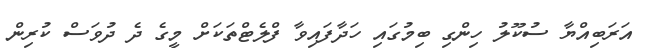
އަރަބިއްޔާ ސުކޫލު ހިންގި ބިމުގައި ހަދާފައިވާ ފްލެޓްތަކަށް މީގެ ދެ ދުވަސް ކުރިން